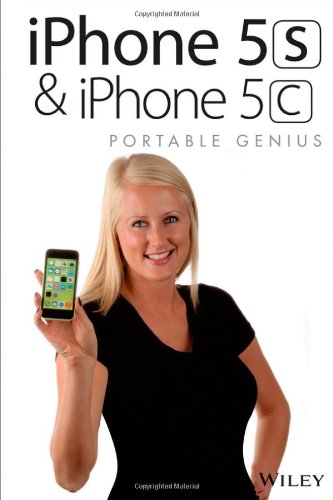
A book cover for iPhone 5S and iPhone 5C Portable Genius; Paul McFedries; Computers & Technology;